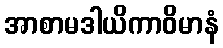
အာစာမဒါယိကာဝိမာနံ